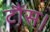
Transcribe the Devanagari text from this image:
टौंस।